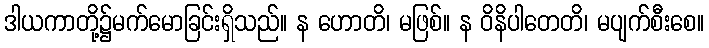
ဒါယကာတို့၌မက်မောခြင်းရှိသည်။ န ဟောတိ၊ မဖြစ်။ န ဝိနိပါတေတိ၊ မပျက်စီးစေ။